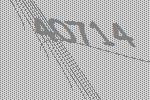
40714